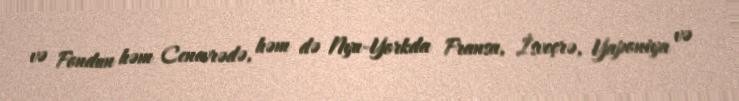
və Fondun həm Cenevrədə, həm də Nyu-Yorkda Fransa, İsveçrə, Yaponiya və